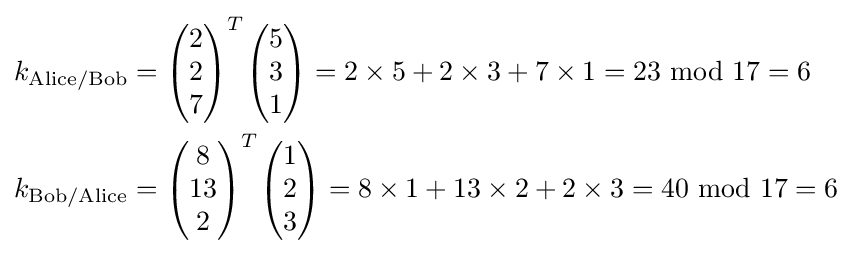
{\begin{aligned}k_{\mathrm {Alice/Bob} }&={\begin{pmatrix}2\\2\\7\end{pmatrix}}^{T}{\begin{pmatrix}5\\3\\1\end{pmatrix}}=2\times 5+2\times 3+7\times 1=23\ \mathrm {mod} \ 17=6\\k_{\mathrm {Bob/Alice} }&={\begin{pmatrix}8\\13\\2\end{pmatrix}}^{T}{\begin{pmatrix}1\\2\\3\end{pmatrix}}=8\times 1+13\times 2+2\times 3=40\ \mathrm {mod} \ 17=6\end{aligned}}